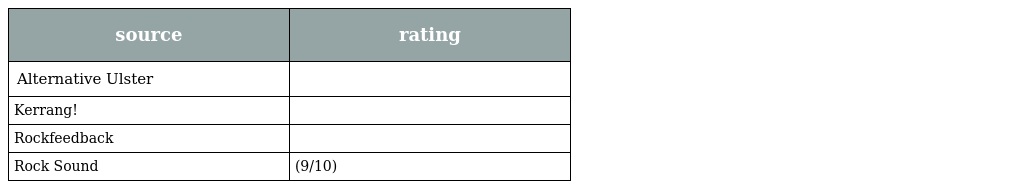
| source | rating |
 | --- | --- |
 | Alternative Ulster |  |
 | Kerrang! |  |
 | Rockfeedback |  |
 | Rock Sound | (9/10) |